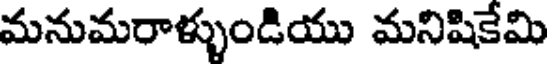
మనుమరాళ్ళుండియు మనిషికేమి